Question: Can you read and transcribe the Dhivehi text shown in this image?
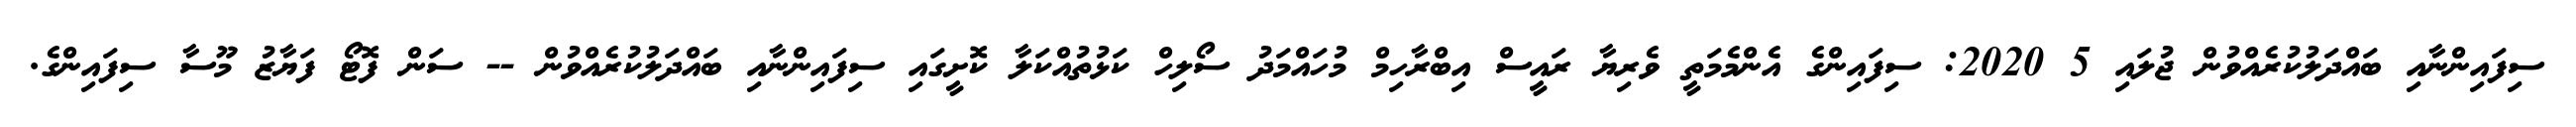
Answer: ސިފައިންނާއި ބައްދަލުކުރެއްވުން ޖުލައި 5 2020: ސިފައިންގެ އެންމެމަތީ ވެރިޔާ ރައީސް އިބްރާހިމް މުހައްމަދު ސޯލިހް ކަޅުތުއްކަލާ ކޮށީގައި ސިފައިންނާއި ބައްދަލުކުރެއްވުން -- ސަން ފޮޓޯ ފަޔާޒު މޫސާ ސިފައިންގެ.